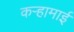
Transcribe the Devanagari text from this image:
कऱ्हामाई